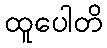
ထူပေါတိ